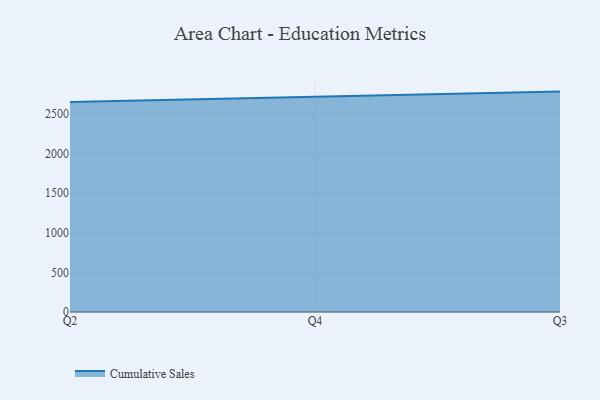
{"axis": {"x": "Quarter", "y": "Budget (USD K)"}, "legend": ["Cumulative Sales"], "data": [{"x": "Q2", "y": 2650.5, "type": "Cumulative Sales"}, {"x": "Q4", "y": 2715.4, "type": "Cumulative Sales"}, {"x": "Q3", "y": 2781.6, "type": "Cumulative Sales"}]}